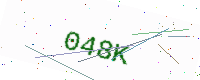
Text: 048K